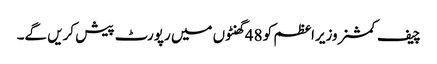
چیف کمشنر وزیراعظم کو 48 گھنٹوں میں رپورٹ پیش کریں گے۔